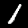
Digit: 1